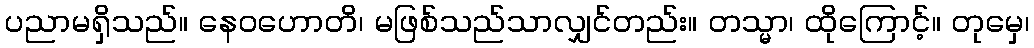
ပညာမရှိသည်။ နေဝဟောတိ၊ မဖြစ်သည်သာလျှင်တည်း။ တသ္မာ၊ ထိုကြောင့်။ တုမှေ၊